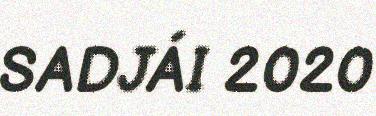
SADJÁI 2020